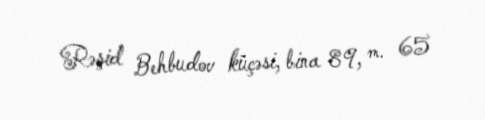
Rəşid Behbudov küçəsi, bina 89, m. 65